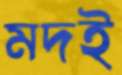
মদই